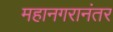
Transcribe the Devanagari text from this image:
महानगरानंतर